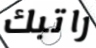
راتبك